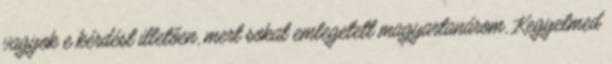
vagyok e kérdést illetően, mert sokat emlegetett magyartanárom, Kegyelmed